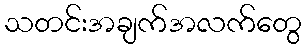
သတင်းအချက်အလက်တွေ